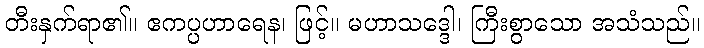
တီးနှက်ရာ၏။ ဧကပ္ပဟာရေန၊ ဖြင့်။ မဟာသဒ္ဒေါ၊ ကြီးစွာသော အသံသည်။